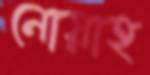
নোয়াহ